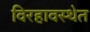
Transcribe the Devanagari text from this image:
विरहावस्थेत